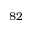
8 2